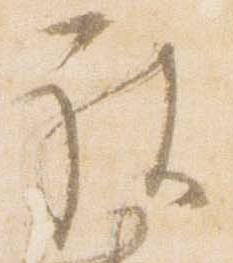
被